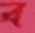
ব